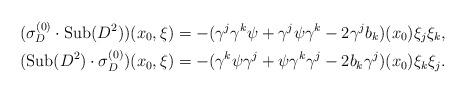
LaTeX: \begin{align*}(\sigma_{D}^{(0)}\cdot\mathrm{Sub}(D^2))(x_0,\xi)&=-(\gamma^j\gamma^k\psi+\gamma^j\psi\gamma^k-2\gamma^jb_k)(x_0)\xi_j\xi_k,\\ (\mathrm{Sub}(D^2)\cdot\sigma_{D}^{(0)})(x_0,\xi)&=-(\gamma^k\psi\gamma^j+\psi\gamma^k\gamma^j-2b_k\gamma^j)(x_0)\xi_k\xi_j. \end{align*}